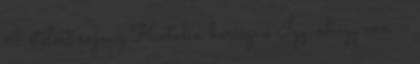
4 ételért rajong Katalin hercegné Így, ahogy van –